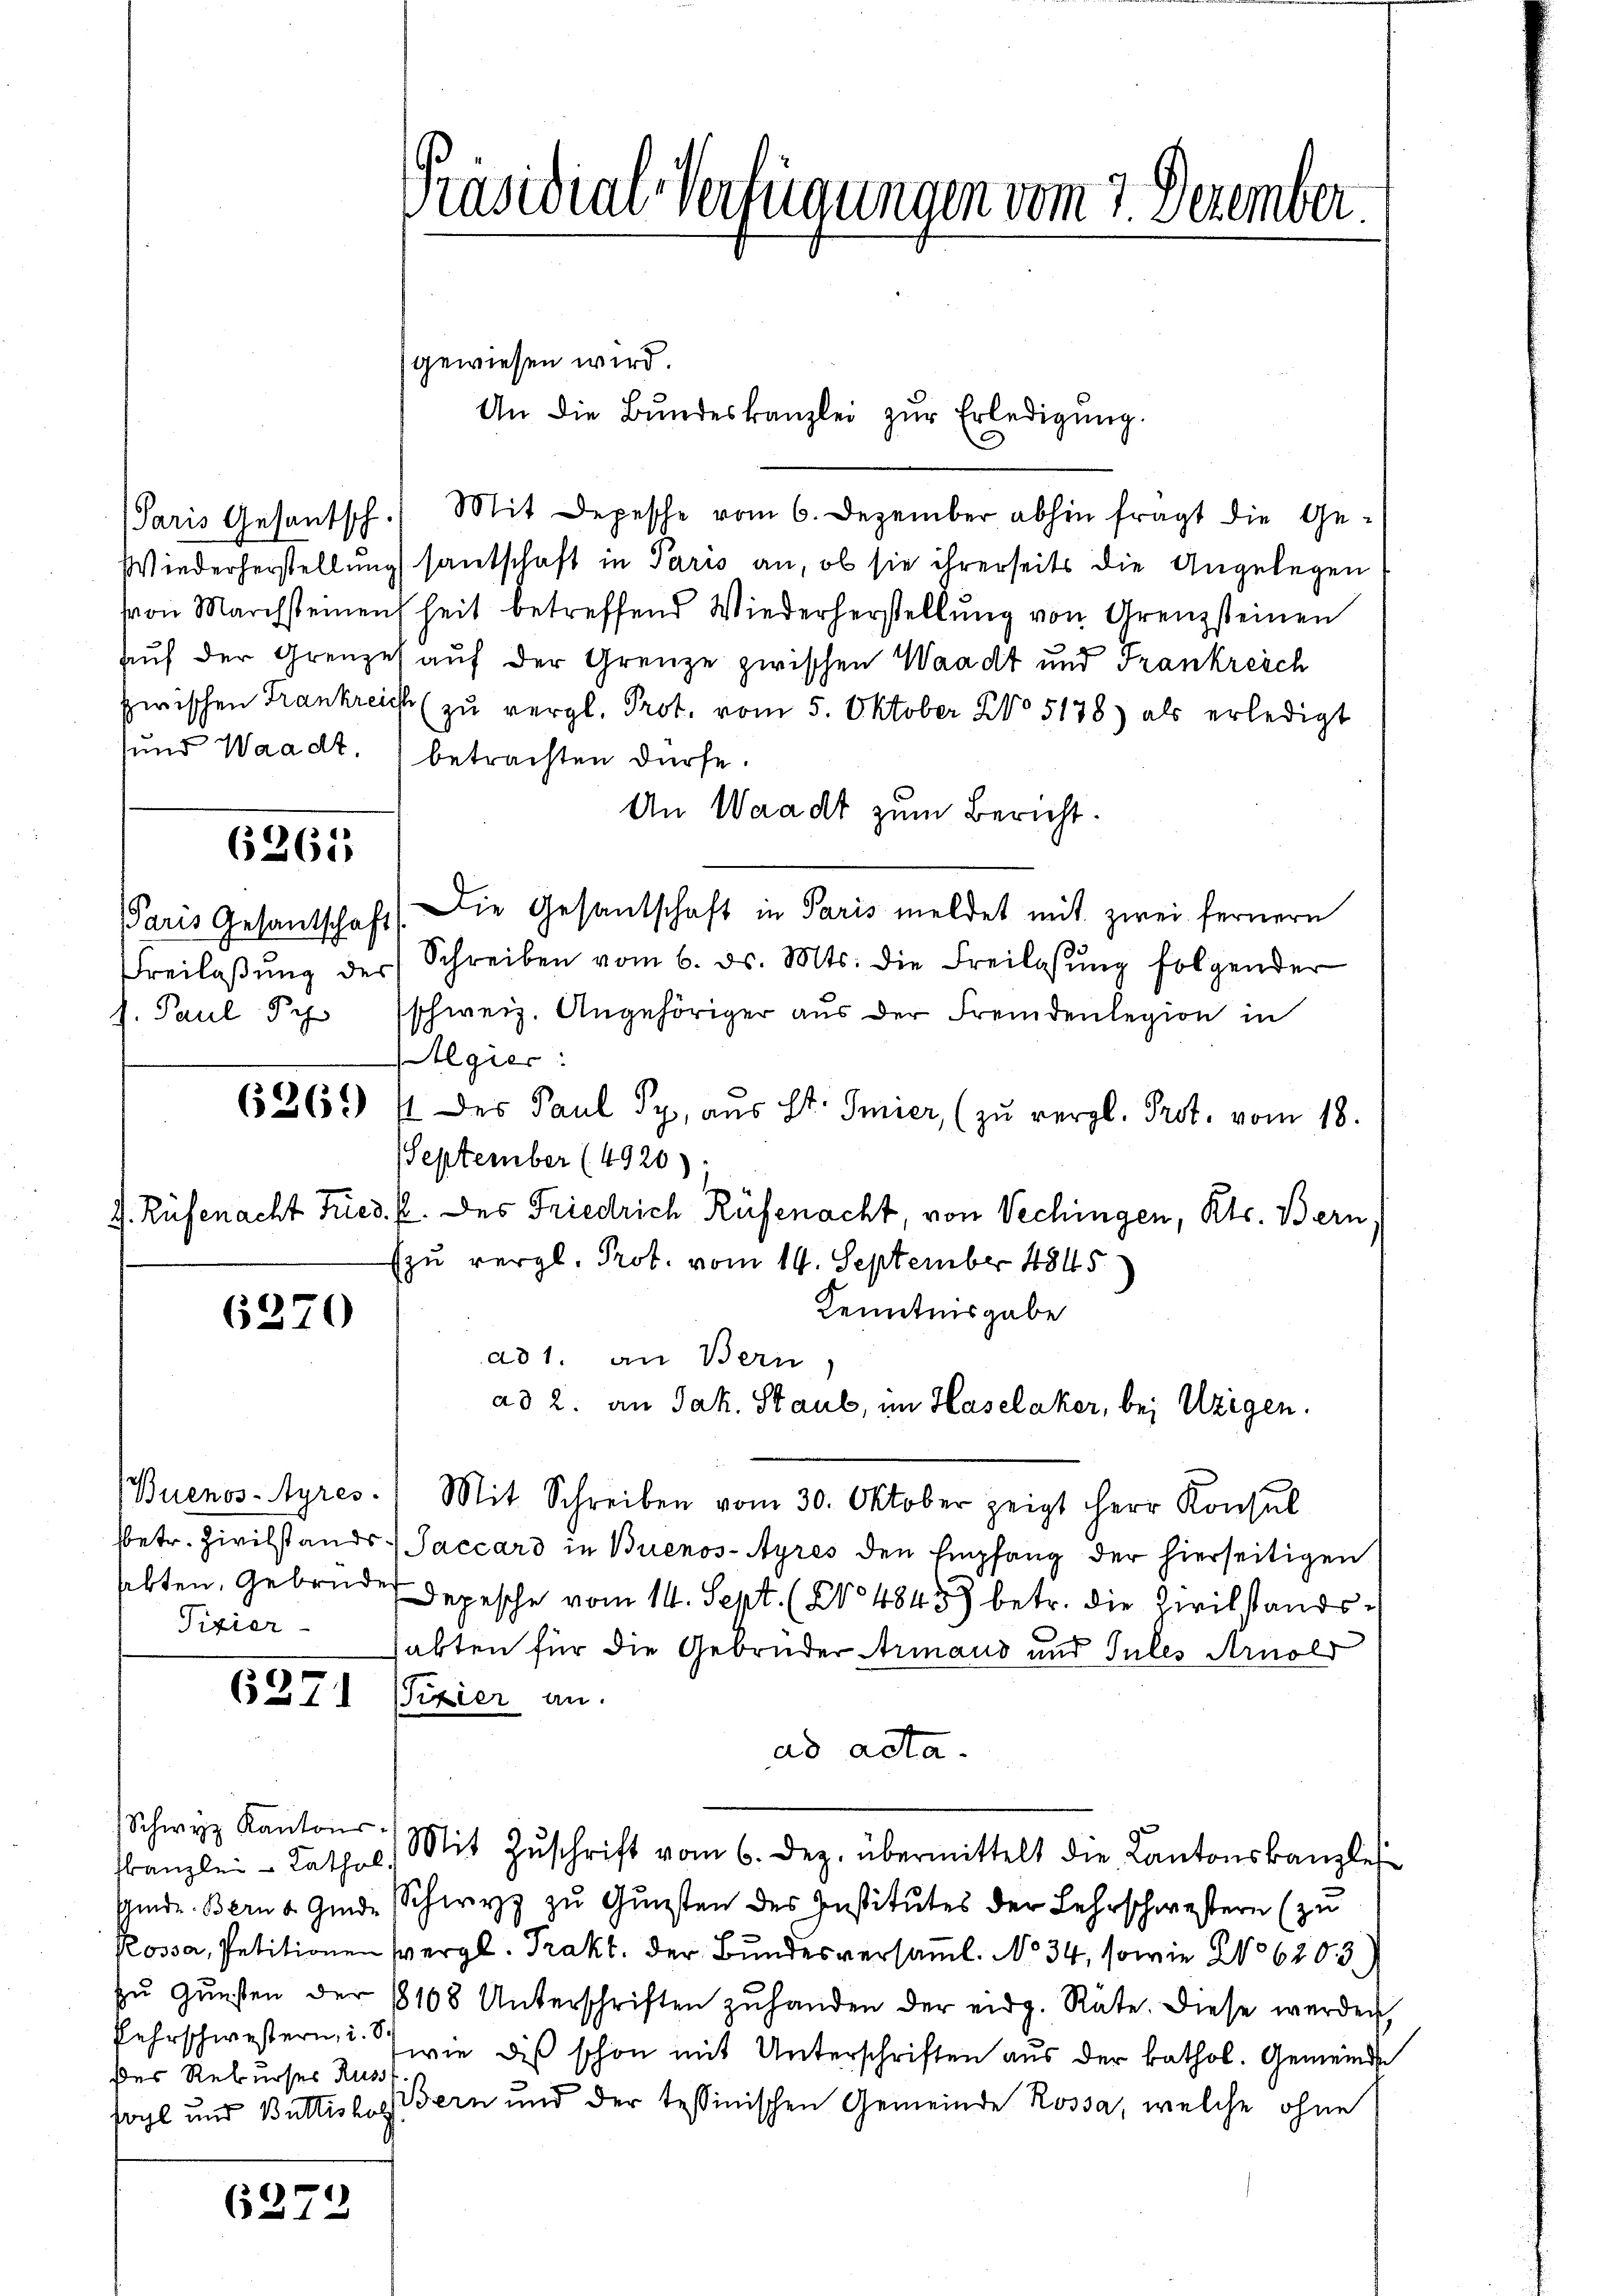
6265

Paris Gesantschaft

Pixier-

des Rekurses Russ

Schwyz Kantons-

6272

gewiesen wird.
An die Bŭndeskanzlei zŭr Erledigŭng.
Paris Gesantsch. Mit Depesche vom 6. Dezember abhin fragt die Ge-
Wiederherstellungsantschaft in Paris an, ob sie ihrerseits die Angelegen
von Marchsteinenheit betreffend Wiederherstellŭng von Grenzsteinen
Auf der Grenzel auf der Grenze zwischen Waadt und Frankreich
zwischen Frankreich zŭ vergl. Prot. vom 5. Oktober No 5178) als erledigt
sund Waadt. betrachten dürfe.
An Waadt zum Bericht.
Die Gesandschaft in Paris meldet mit zwei fernern
Freilaβŭng der Schreiben vom 6. ds. Mts. die Freilassŭng folgender
h. Paul Py (schweiz. Angehöriger aŭs der Fremdenlegion in
Algier:
626. 11 des Paul Py. aŭs St. Smier (zŭ vergl. Prot. vom 18.
September (4920);
Rüfenacht Fried. P. des Friedrich Rüfenacht, von Vechingen, Kts. Bern,
Ezu vergl. Prot. vom 19. September 1845
Kenntnisgabe
6270
ad 1. an Bern,
ad 2. an Jak. Staub, im Haselaker, bei Uzigen.
Buenos-Ayres. Mit Schreiben vom 30. Oktober zeigt Herr Konsul
sbetr. Zivilstands Jaccaro in Buenos-Ayres den Empfang der hierseitigen
selten, Gebrüder Depesche vom 14. Sept. (No 4845 betr. die Zivilstandsabten für die Gebrüder Armand und Gutes Arnold
6371 ffizier an.
ad acta.
tkanzlei- Kathol. Mit Zŭschrift vom 6. Dez. übermittelt die Kantonskanzles
schinde Berne Gmde Schwyz zu Gunsten des Institutes der Lehrschwestern (zu
Kossa, Petitionen Vergl. Trakt. der Bundesversaml. No 34, sowie No 6203)
zŭ Gŭnsten der 8108 Unterschriften zŭ handen der eidg. Räte. Diese werden,
Fehrschwestern, u. wie dis schon mit Unterschriften aus der kathol. Gemeinde
sol und Buttishofern und der tessinischen Gemeinde Rossa, welche ohne

Präsidial-Verfügungen vom 7. Dezember.